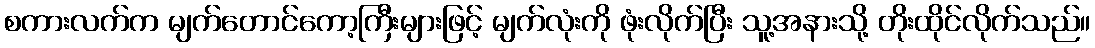
စကားလက်က မျက်တောင်ကော့ကြီးများဖြင့် မျက်လုံးကို ဖုံးလိုက်ပြီး သူ့အနားသို့ တိုးထိုင်လိုက်သည်။